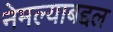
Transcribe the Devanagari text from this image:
नेमल्याबद्दल